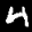
Label: 4